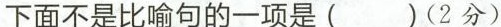
下面不是比喻句的一项是( )(2分)